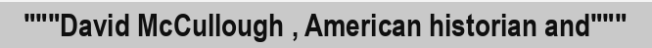
"""David McCullough , American historian and"""